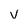
Character: v